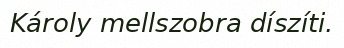
Károly mellszobra díszíti.